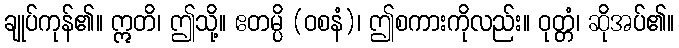
ချုပ်ကုန်၏။ ဣတိ၊ ဤသို့။ ဧတမ္ပိ (ဝစနံ)၊ ဤစကားကိုလည်း။ ဝုတ္တံ၊ ဆိုအပ်၏။